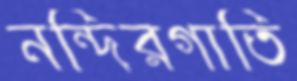
নন্দিরগাতি